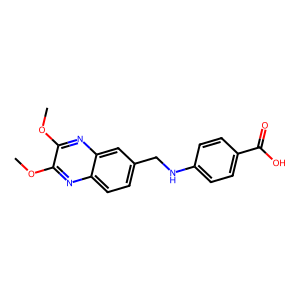
SMILES: COc1nc2ccc(CNc3ccc(C(=O)O)cc3)cc2nc1OC
Inhibits HIV replication: No